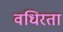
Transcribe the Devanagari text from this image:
वधिरता